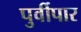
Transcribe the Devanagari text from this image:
पुर्वीपार